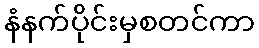
နံနက်ပိုင်းမှစတင်ကာ